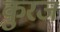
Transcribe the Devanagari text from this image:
कुरज